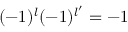
( - 1 ) ^ { l } ( - 1 ) ^ { l ^ { \prime } } = - 1